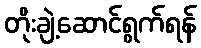
တိုးချဲ့ဆောင်ရွက်ရန်